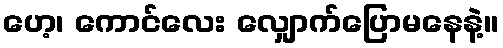
ဟေ့၊ ကောင်လေး လျှောက်ပြောမနေနဲ့။